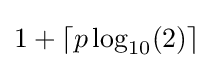
1+\lceil p\log _{10}(2)\rceil